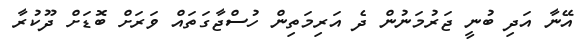
އޭނާ އަދި ބުނީ ޖަރުމަނުން ދެ އަރިމަތިން ހުސްޖާގަތައް ވަރަށް ބޮޑަށް ދޫކުރާ